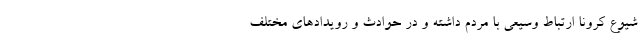
شیوع کرونا ارتباط وسیعی با مردم داشته و در حوادث و رویدادهای مختلف